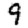
Digit: 9